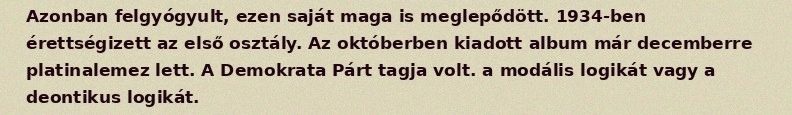
Azonban felgyógyult, ezen saját maga is meglepődött. 1934-ben érettségizett az első osztály. Az októberben kiadott album már decemberre platinalemez lett. A Demokrata Párt tagja volt. a modális logikát vagy a deontikus logikát.